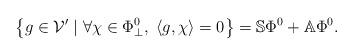
LaTeX: \begin{align*}\left\{g \in {\cal V}' \; | \; \forall \chi \in \Phi^0_\perp, \; \langle g,\chi \rangle = 0 \right\} = {\mathbb S}\Phi^0+{\mathbb A}\Phi^0.\end{align*}